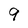
Character: 9